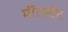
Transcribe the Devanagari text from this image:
मौंटस्टैंट